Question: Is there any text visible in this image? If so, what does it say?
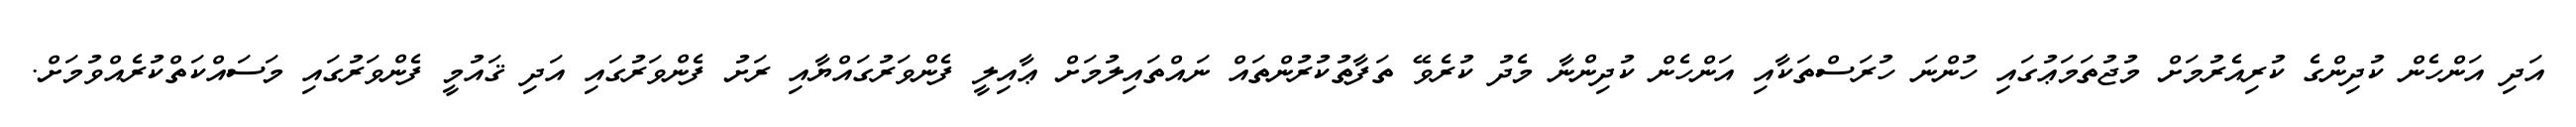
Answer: އަދި އަންހެން ކުދިންގެ ކުރިއެރުމަށް މުޖުތަމަޢުގައި ހުންނަ ހުރަސްތަކާއި އަންހެން ކުދިންނާ މެދު ކުރެވޭ ތަފާތުކުރުންތައް ނައްތައިލުމަށް ޢާއިލީ ފެންވަރުގައްޔާއި ރަށު ފެންވަރުގައި އަދި ޤައުމީ ފެންވަރުގައި މަސައްކަތްކުރެއްވުމަށް.